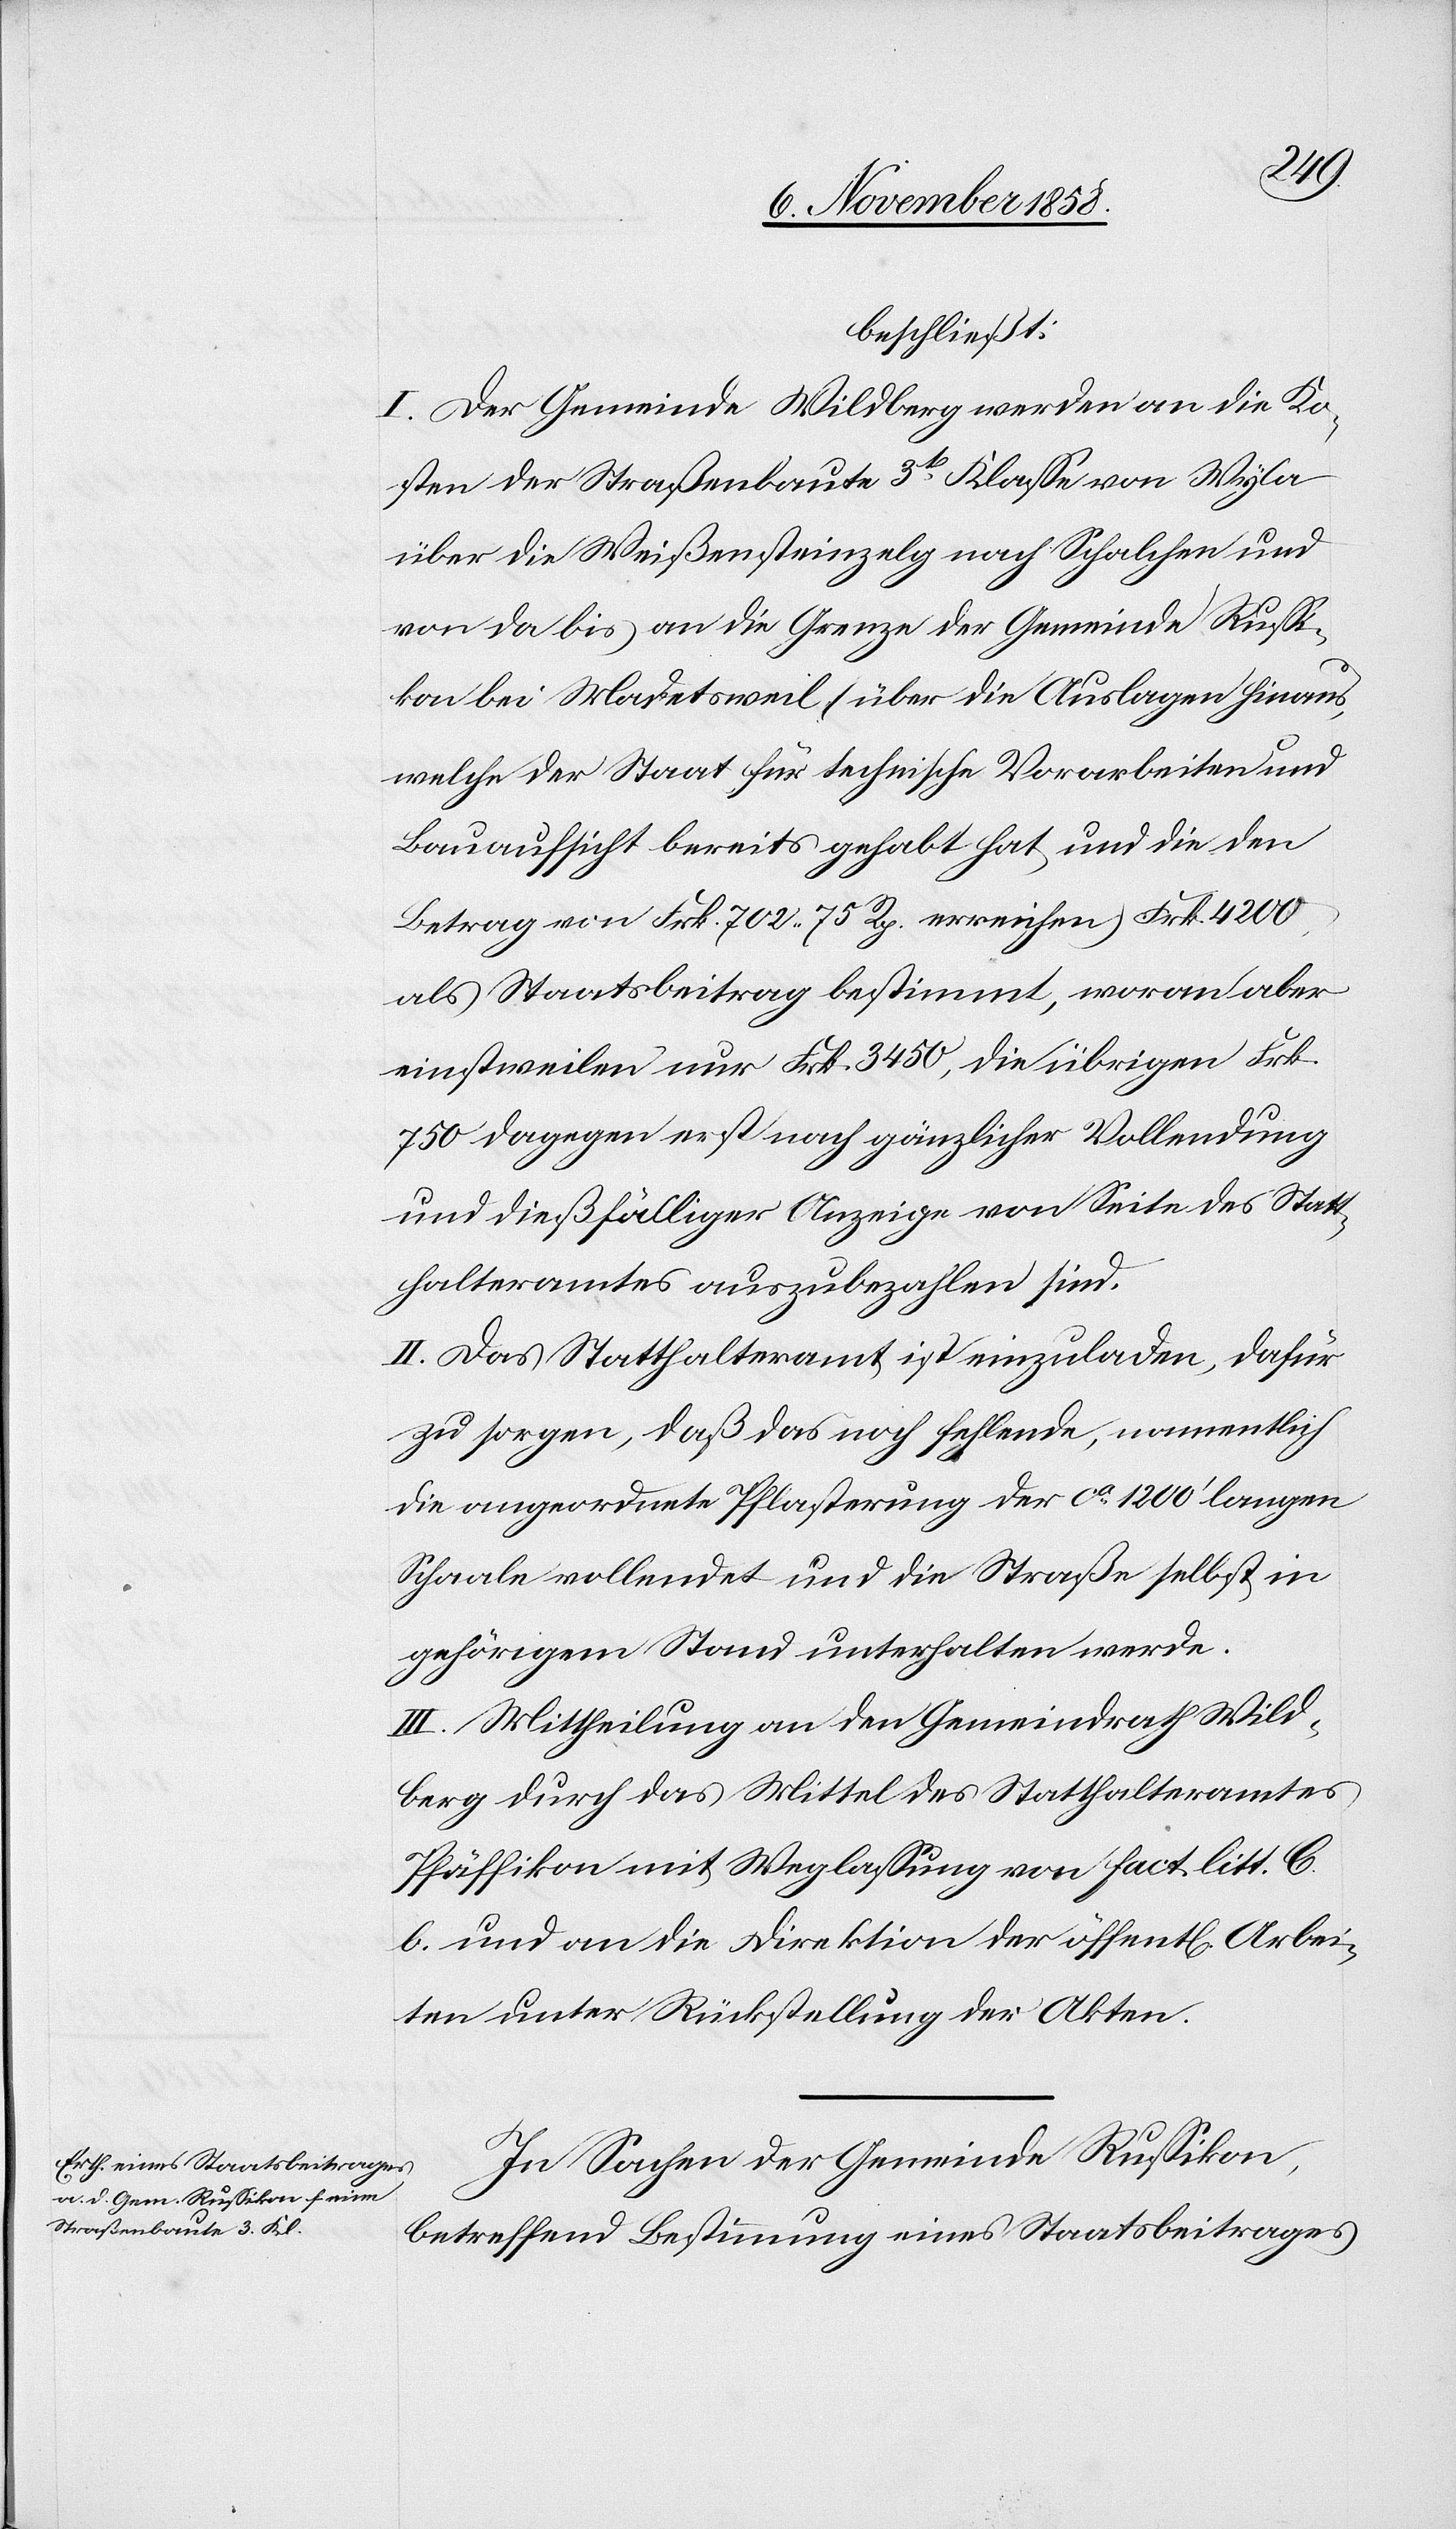
beschließt:
I. Der Gemeinde Wildberg werden an die Ko¬
sten der Straßenbaute 3t Klasse von Wyla
über die Weißensteinzelg nach Schalchen und
von da bis an die Grenze der Gemeinde Russi¬
kon bei Madetsweil (über die Auslagen hinaus,
welche der Staat für technische Vorarbeiten und
Bauaufsicht bereits gehabt hat und die den
Betrag von Frk. 702. 75 Rp. erreichen) Frk. 4200
als Staatsbeitrag bestimmt, woran aber
einstweilen nur Frk. 3450, die übrigen Frk.
750 dagegen erst nach gänzlicher Vollendung
und dießfälliger Anzeige von Seite des Statt¬
halteramtes auszubezahlen sind.
II. Das Statthalteramt ist einzuladen, dafür
zu sorgen, daß das noch fehlende, namentlich
die angeordnete Pflasterung der ca 1200‘ langen
Schaale vollendet und die Straße selbst in
gehörigem Stand unterhalten werde.
III. Mittheilung an den Gemeindrath Wild¬
berg durch das Mittel des Statthalteramtes
Pfäffikon mit Weglassung von Fact. litt. C.
b. und an die Direktion der öffentl[ichen] Arbei¬
ten unter Rückstellung der Akten.
In Sachen der Gemeinde Russikon,
betreffend Bestimmung eines Staatsbeitrages